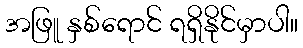
အဖြူ နှစ်ရောင် ရရှိနိုင်မှာပါ။